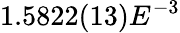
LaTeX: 1.5822(13)E^{-3}